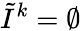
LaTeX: \tilde{I}^{k}=\emptyset